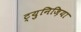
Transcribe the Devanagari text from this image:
ट्युनिज़िया